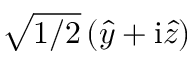
\sqrt { 1 / 2 } \left( \hat { y } + \mathrm { i } \hat { z } \right)